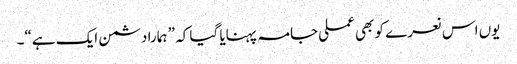
یوں اس نعرے کو بھی عملی جامہ پہنایا گیا کہ ” ہمارا دشمن ایک ہے“۔